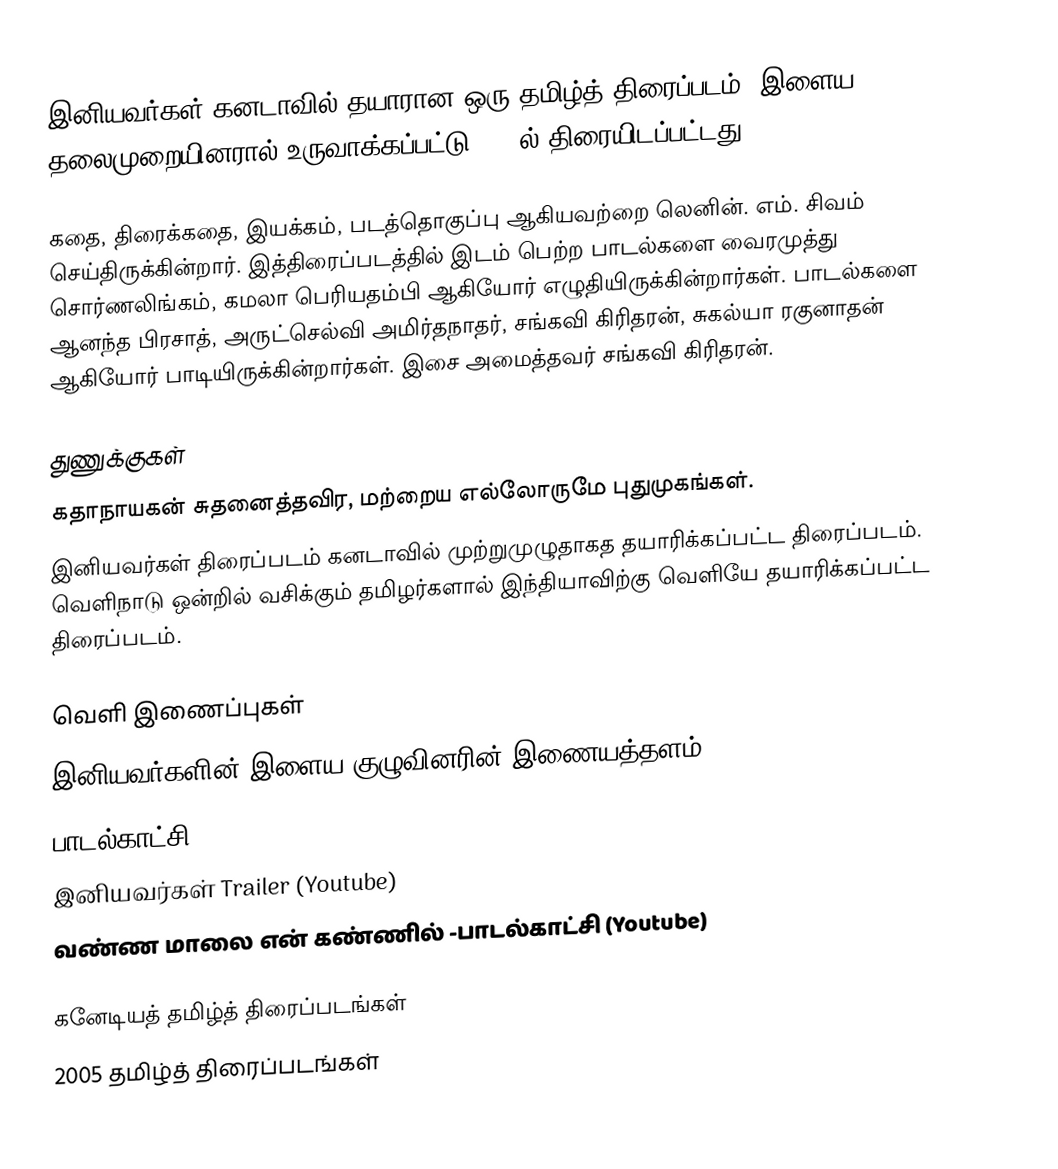
இனியவர்கள் கனடாவில் தயாரான ஒரு தமிழ்த் திரைப்படம். இளைய தலைமுறையினரால் உருவாக்கப்பட்டு 2005ல் திரையிடப்பட்டது.

கதை, திரைக்கதை, இயக்கம், படத்தொகுப்பு ஆகியவற்றை லெனின். எம். சிவம் செய்திருக்கின்றார். இத்திரைப்படத்தில் இடம் பெற்ற பாடல்களை வைரமுத்து சொர்ணலிங்கம், கமலா பெரியதம்பி ஆகியோர் எழுதியிருக்கின்றார்கள். பாடல்களை ஆனந்த பிரசாத், அருட்செல்வி அமிர்தநாதர், சங்கவி கிரிதரன், சுகல்யா ரகுனாதன் ஆகியோர் பாடியிருக்கின்றார்கள். இசை அமைத்தவர் சங்கவி கிரிதரன்.

துணுக்குகள்
கதாநாயகன் சுதனைத்தவிர, மற்றைய எல்லோருமே புதுமுகங்கள்.
இனியவர்கள் திரைப்படம் கனடாவில் முற்றுமுழுதாகத தயாரிக்கப்பட்ட திரைப்படம். வெளிநாடு ஒன்றில் வசிக்கும் தமிழர்களால் இந்தியாவிற்கு வெளியே தயாரிக்கப்பட்ட திரைப்படம்.

வெளி இணைப்புகள்
இனியவர்களின் இளைய குழுவினரின் இணையத்தளம்
பாடல்காட்சி
 இனியவர்கள் Trailer (Youtube)
 வண்ண மாலை என் கண்ணில் -பாடல்காட்சி (Youtube)

கனேடியத் தமிழ்த் திரைப்படங்கள்
2005 தமிழ்த் திரைப்படங்கள்